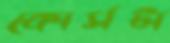
কোর্সটা